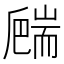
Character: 𦓙